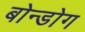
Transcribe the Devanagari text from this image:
बोन्डोग